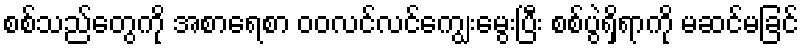
စစ်သည်တွေကို အစာရေစာ ဝဝလင်လင်ကျွေးမွေးပြီး စစ်ပွဲရှိရာကို မဆင်မခြင်